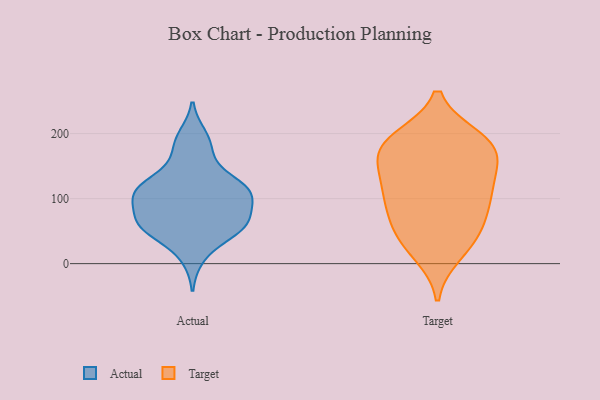
{"axis": {"x": "Temperature (°C)", "y": "Value"}, "legend": ["Actual", "Target"], "data": [{"x": "", "y": 57, "type": "Actual"}, {"x": "", "y": 185, "type": "Actual"}, {"x": "", "y": 56, "type": "Actual"}, {"x": "", "y": 61, "type": "Actual"}, {"x": "", "y": 105, "type": "Actual"}, {"x": "", "y": 109, "type": "Actual"}, {"x": "", "y": 10, "type": "Actual"}, {"x": "", "y": 122, "type": "Actual"}, {"x": "", "y": 115, "type": "Actual"}, {"x": "", "y": 63, "type": "Actual"}, {"x": "", "y": 55, "type": "Actual"}, {"x": "", "y": 45, "type": "Actual"}, {"x": "", "y": 131, "type": "Actual"}, {"x": "", "y": 87, "type": "Actual"}, {"x": "", "y": 105, "type": "Actual"}, {"x": "", "y": 66, "type": "Actual"}, {"x": "", "y": 103, "type": "Actual"}, {"x": "", "y": 166, "type": "Actual"}, {"x": "", "y": 116, "type": "Actual"}, {"x": "", "y": 196, "type": "Actual"}, {"x": "", "y": 114, "type": "Target"}, {"x": "", "y": 94, "type": "Target"}, {"x": "", "y": 181, "type": "Target"}, {"x": "", "y": 180, "type": "Target"}, {"x": "", "y": 186, "type": "Target"}, {"x": "", "y": 143, "type": "Target"}, {"x": "", "y": 48, "type": "Target"}, {"x": "", "y": 102, "type": "Target"}, {"x": "", "y": 31, "type": "Target"}, {"x": "", "y": 192, "type": "Target"}, {"x": "", "y": 55, "type": "Target"}, {"x": "", "y": 182, "type": "Target"}, {"x": "", "y": 156, "type": "Target"}, {"x": "", "y": 126, "type": "Target"}, {"x": "", "y": 79, "type": "Target"}, {"x": "", "y": 16, "type": "Target"}]}